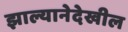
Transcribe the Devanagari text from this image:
झाल्यानेदेखील